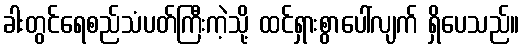
ခါးတွင်ရေစည်သံပတ်ကြီးကဲ့သို့ ထင်ရှားစွာပေါ်လျက် ရှိပေသည်။